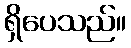
ရှိပေသည်။